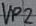
Text: VP2